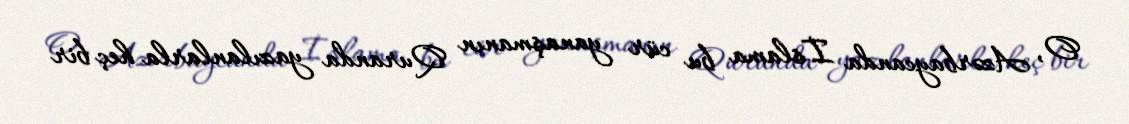
O, Azərbaycanda İslama bu cür yanaşmanın Quranda yazılanlarla heç bir